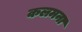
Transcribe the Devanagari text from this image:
कलमना